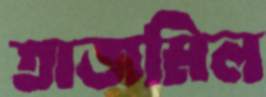
তাজমিল